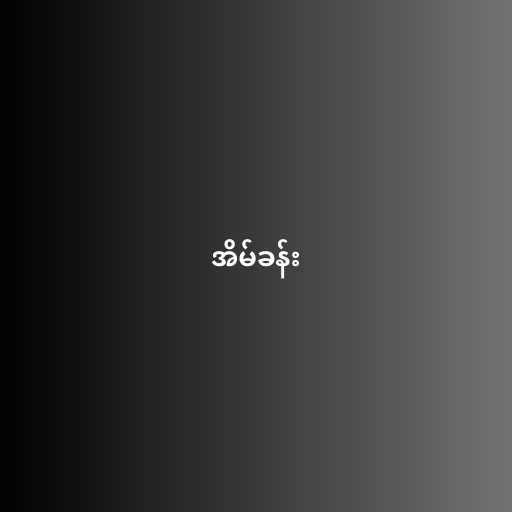
အိမ်ခန်း